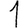
Digit: 1